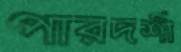
পারদর্শী